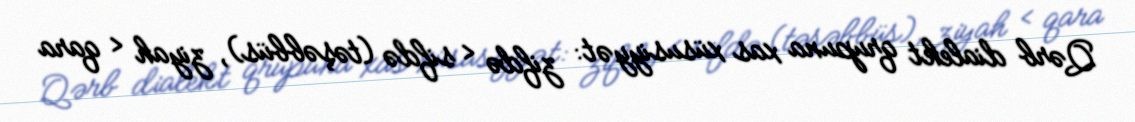
Qərb dialekt qrupuna xas xüsusiyyət: zifdə < sifdə (təşəbbüs), ziyah < qara